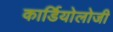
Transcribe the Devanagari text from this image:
कार्डियाेलोजी